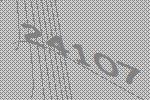
24107